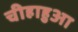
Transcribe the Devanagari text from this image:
चीहाहुआ